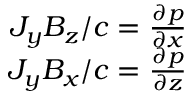
\begin{array} { r } { J _ { y } B _ { z } / c = \frac { \partial p } { \partial x } } \\ { J _ { y } B _ { x } / c = \frac { \partial p } { \partial z } } \end{array}